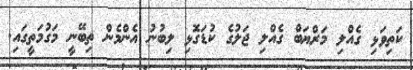
ކަތިވަޅި ގެއްލި މަރްޔަބް ގެއްލި ޖަލުގެ ކުޑަގޮޅި ލިބުނު އެންމެން ތިބޭނީ މަގުމަތީގައި.